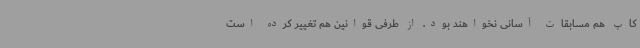
کاپ هم مسابقات آسانی نخواهند بود. از طرفی قوانین هم تغییر کرده است